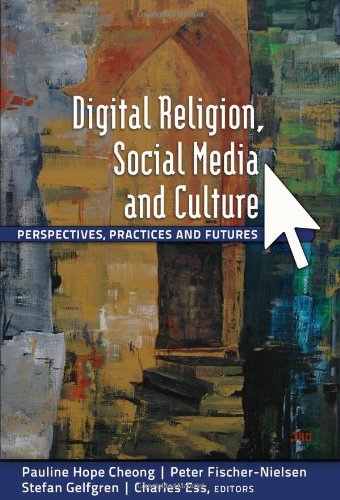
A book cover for Digital Religion, Social Media and Culture: Perspectives, Practices and Futures (Digital Formations); Christian Books & Bibles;